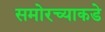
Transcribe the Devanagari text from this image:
समोरच्याकडे